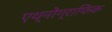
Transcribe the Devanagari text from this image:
एथ्नोग्राफिक